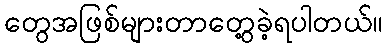
တွေအဖြစ်များတာတွေ့ခဲ့ရပါတယ်။